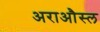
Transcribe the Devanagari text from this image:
अराऔस्ल